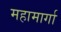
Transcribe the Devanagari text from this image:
महामार्गा